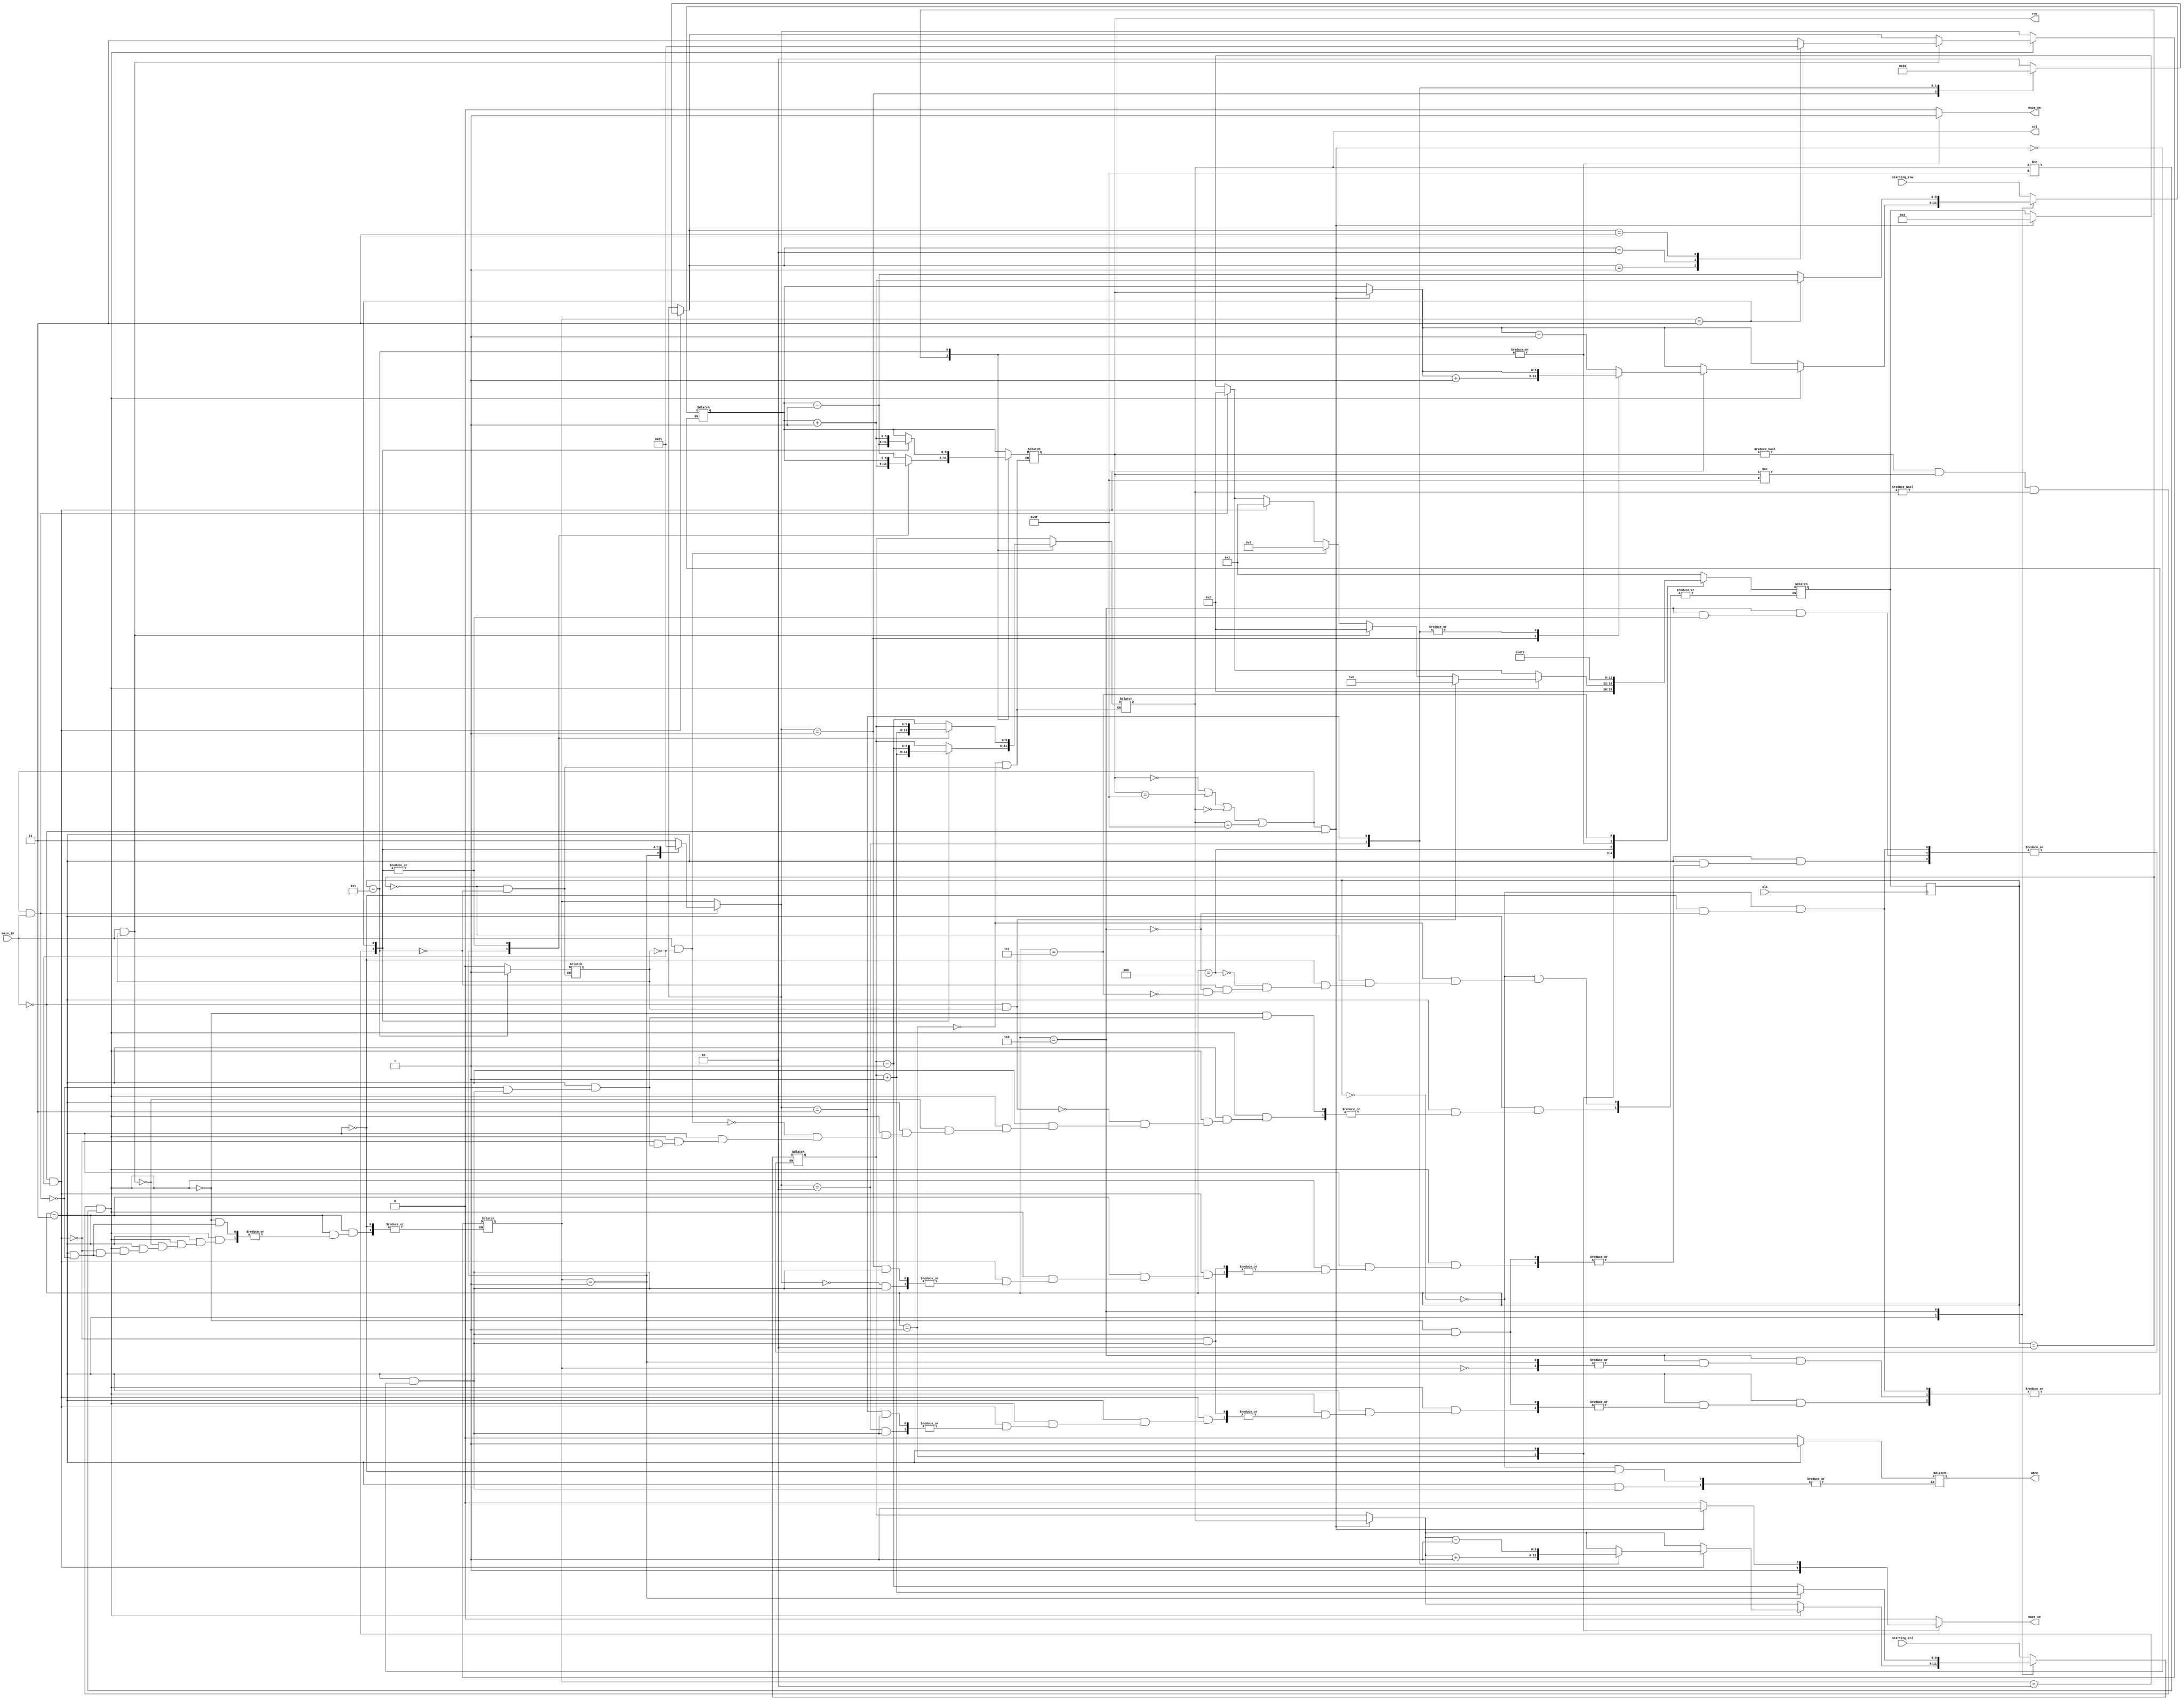
`timescale 1ns / 1ps 

module maze( 
input clk,
input[5:0] starting_col, starting_row, 		// indicii punctului de start
input maze_in, 							// ofera informatii despre punctul de coordonate [row, col]
output reg [5:0] row, col, 							// selecteaza un rand si o coloana din labirint
output reg maze_oe,							// output enable (activeaza citirea din labirint la randul si coloana date) - semnal sincron	
output reg maze_we, 							// write enable (activeaza scrierea in labirint la randul si coloana  date) - semnal sincron
output reg done);		 						// iesirea din labirint a fost gasita; semnalul ramane activ 



`define start_maze 0
`define write 1
`define check_right 2
`define verify 3
`define end_maze 4
`define check_forward 5
`define move_forward 6
`define done_checking 7

`define left 0
`define right 1
`define up 2
`define down 3

 reg [3:0] state,next_state;
 reg [5:0] current_row, current_col;
 reg [1:0] direction;
 reg last_checked;//0=right, 1=forward; trebuie sa stiu ce verificare fac in functie directia in care ma uit

 initial
 begin
	state=`start_maze;
	direction=`up;
 end
 
 
 always @(posedge clk)
	 begin
		state<=next_state;
	 end
	 
 always @(*)
 begin
	maze_oe=0;
	maze_we=0;
	case(state)
		`start_maze://blocul initial al automatului, se initializeaza pozitia curenta cu cea initiala
			begin
				current_row=starting_row;
				current_col=starting_col;
				done=0;
				next_state=`write;//actualizarea labirintului(scriu 2 pe pozitia initiala)
			end
			
		`write://blocul de actualizare al labirintului
			begin
				maze_we=1;
				row=current_row;
				col=current_col;
				next_state=`check_right;//dupa actualizare, verific din nou reperul principal al regulii(pozitia din dreapta)
			end
			
		`check_right://blocul de verificare pentru regula mainii drepte
			begin
				maze_oe=1;
				case(direction)//pozitia din dreapta depinde de directia in care ma uit
					`left:
					begin
						row=current_row-1;
						col=current_col;
					end
					
					`right:
					begin
						row=current_row+1;
						col=current_col;
					end
					
					`up:
					begin
						col=current_col+1;
						row=current_row;
					end
					
					`down:
					begin
						col=current_col-1;
						row=current_row;
					end
							
				endcase
				last_checked=0;//retin ultima directie pe care am citit-o, pentru a o putea verifica ulterior
				next_state=`done_checking;//astept un ciclu de ceas pentru a se termina citirea din labirint
			end
				
			`verify:
			begin
					if((row==0 || row==63 || col==0 || col==63) && maze_in==0 )//verific conditia de iesire din labirint(marginea sa fie culoar, si sa fiu la o pozitie distanta de ea)
						begin
							done=1;
							maze_we=1;
							current_col=col;
							current_row=row;
							next_state=`end_maze;
						end
					if((row==0 || row==63 || col==0 || col==63) && maze_in==1)//marginea pe care o verific, si fata de care ma aflu la o pozitie distanta este zid
						begin
							case(direction)//ma rotesc si ma uit din nou spre dreapta in functie de noul reper
								`left: direction=`down;
								`right: direction=`up;
								`up: direction=`left;
								`down: direction=`right;
							endcase
							next_state=`check_right;
						end
					if(row!=0 && row!=63 && col!=0 && col!=63)//nu sunt la o pozitie distanta de margine
					begin
							if(maze_in==0 && last_checked==0)//culoar la dreapta
							begin
								case(direction)//ma rotesc spre dreapta, in functie de reper si avansez o pozitie, pentru a avea din nou zid in partea dreapta
								`left:
								begin
									direction=`up;
									current_row=current_row-1;
								end
								`right:
								begin
									direction=`down;
									current_row=current_row+1;
								end
								`up:
								begin
									direction=`right;
									current_col=current_col+1;
								end
								`down:
								begin
									direction=`left;
									current_col=current_col-1;
								end	
							endcase
								next_state=`write;//actualizarea labirintului
							end
							if(maze_in==1 && last_checked==0)//perete in dreapta
								next_state=`check_forward;	//verific daca am culoar in fata pentru a putea avansa o pozitie
							if(maze_in==1 && last_checked==1)//perete in fata
							begin
								case(direction)//ma rotesc si ma uit din nou spre dreapta in functie de noul reper
									`left: direction=`down;
									`right: direction=`up;
									`up: direction=`left;
									`down: direction=`right;
								endcase
								next_state=`check_right;
							end
							if(maze_in==0 && last_checked==1)//culoar in fata
								next_state=`move_forward;
				end
			end
			`end_maze://starea finala a automatului
			begin
				next_state=`end_maze;//raman mereu la finalul labirintului
			end			
				
			`check_forward:
			begin
				maze_oe=1;
				case(direction)//citesc pozitia din fata, in functie de directia in care ma uit, pentru a o verifica ulterior
					`left:
					begin
						row=current_row;
						col=current_col-1;
					end
					
					`right:
					begin
						col=current_col+1;
						row=current_row;
					end
					
					`up:
					begin
						row=current_row-1;
						col=current_col;
					end
					
					`down:
					begin
						row=current_row+1;
						col=current_col;
					end
							
				endcase
				last_checked=1;//retin, pentru verificare, ca am citit o casuta din fata
				next_state=`done_checking;//astept un clock pentru a se termina citirea din labirint
			end
			
			`move_forward:
			begin
			case(direction)//ma mut inainte o pozitie, in functie de directia in care ma uit
					`left:
					begin
						current_col=current_col-1;
					end
					
					`right:
					begin
						current_col=current_col+1;
					end
					
					`up:
					begin
						current_row=current_row-1;
					end
					
					`down:
					begin
						current_row=current_row+1;
					end
							
				endcase
			next_state=`write;//actualizare labirint
			end
			
			`done_checking:
			 begin
				 maze_oe=0;
				 next_state=`verify;
			 end
			
		endcase
		
 end

endmodule